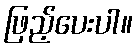
ဖြည့်ပေးပါ။